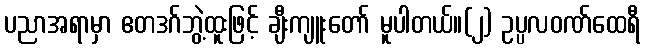
ပညာအရာမှာ ဧတဒဂ်ဘွဲ့ထူးဖြင့် ချီးကျူးတော် မူပါတယ်။(၂) ဥပ္ပလဝဏ်ထေရီ